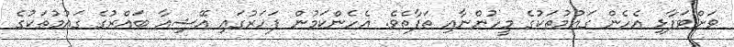
ވަށްޓަފާޅި އެހެން ގައުމުތަކުގެ މީހުންނާއި ތަފާތެވެ. އެހެންކަމުން ފަހަރުގައި އޭޝިއާ ބައްރުގެ ގައުމުތަކުގެ